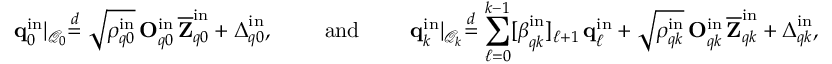
\mathbf { q } _ { 0 } ^ { \mathrm { i n } } \lvert _ { \mathcal { Q } _ { 0 } } \stackrel { d } { = } \sqrt { \rho _ { q 0 } ^ { \mathrm { i n } } } \, \mathbf { O } _ { q 0 } ^ { \mathrm { i n } } \, \overline { { \mathbf { Z } } } _ { q 0 } ^ { \mathrm { i n } } + \boldsymbol { \Delta } _ { q 0 } ^ { \mathrm { i n } } , \qquad \mathrm { ~ a n d ~ } \qquad \mathbf { q } _ { k } ^ { \mathrm { i n } } \lvert _ { \mathcal { Q } _ { k } } \stackrel { d } { = } \sum _ { \ell = 0 } ^ { k - 1 } [ \boldsymbol { \beta } _ { q k } ^ { \mathrm { i n } } ] _ { \ell + 1 } \, \mathbf { q } _ { \ell } ^ { \mathrm { i n } } + \sqrt { \rho _ { q k } ^ { \mathrm { i n } } } \, \mathbf { O } _ { q k } ^ { \mathrm { i n } } \, \overline { { \mathbf { Z } } } _ { q k } ^ { \mathrm { i n } } + \boldsymbol { \Delta } _ { q k } ^ { \mathrm { i n } } ,